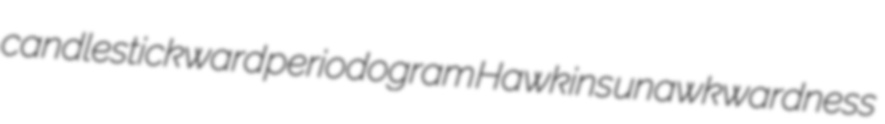
candlestickward periodogram Hawkins unawkwardness